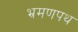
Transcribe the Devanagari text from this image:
भ्रमणपथ